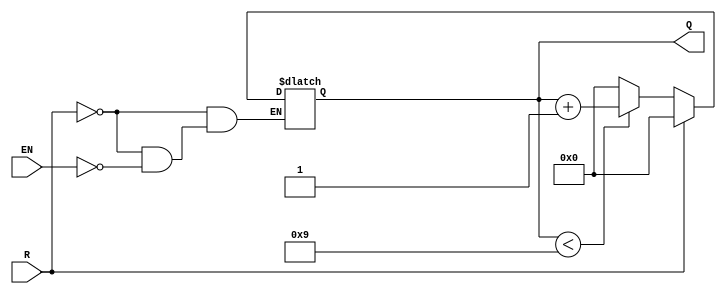
module BCD_Asynchronous_Counter (
    input wire EN,      // Enable signal
    input wire R,       // Asynchronous reset signal
    output reg [3:0] Q  // BCD output (Q3, Q2, Q1, Q0)
);

// Asynchronous reset and counting logic
always @(*) begin
    if (R) begin
        Q = 4'b0000; // Reset the counter to 0
    end else if (EN) begin
        if (Q < 4'b1001) begin
            Q = Q + 1; // Increment the counter
        end else begin
            Q = 4'b0000; // Wrap around to 0 after 9
        end
    end
end

endmodule